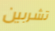
تشربين